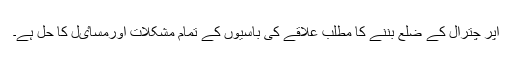
اپر چترال کے ضلع بننے کا مطلب علاقے کی باسیوں کے تمام مشکلات اورمساٸل کا حل ہے۔